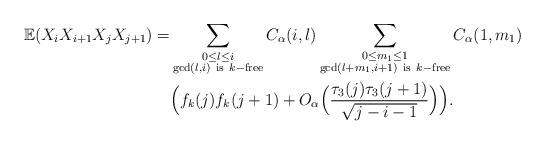
LaTeX: \begin{align*}\mathbb{E}(X_iX_{i+1}X_jX_{j+1})=&\sum_{\substack{0\leq l\leq i\\\gcd(l,i)\ {\rm{is}}\ k-{\rm{free}}}}C_{\alpha}(i,l)\sum_{\substack{0\leq m_1\leq 1\\ \gcd(l+m_1,i+1)\ {\rm{is}}\ k-{\rm{free}}}}C_{\alpha}(1,m_1)\\&\Big(f_k(j)f_k(j+1)+O_{\alpha}\Big(\frac{\tau_3(j)\tau_3(j+1)}{\sqrt{j-i-1}}\Big)\Big).\end{align*}